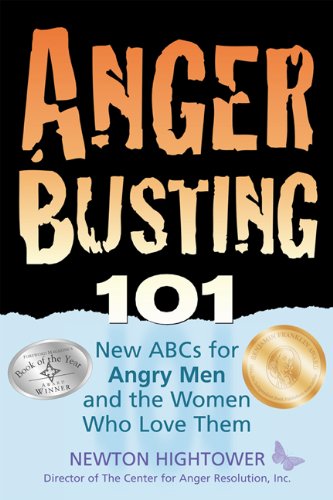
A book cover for Anger Busting 101: The New ABCs for Angry Men and the Women Who Love Them; Newton Hightower; Self-Help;